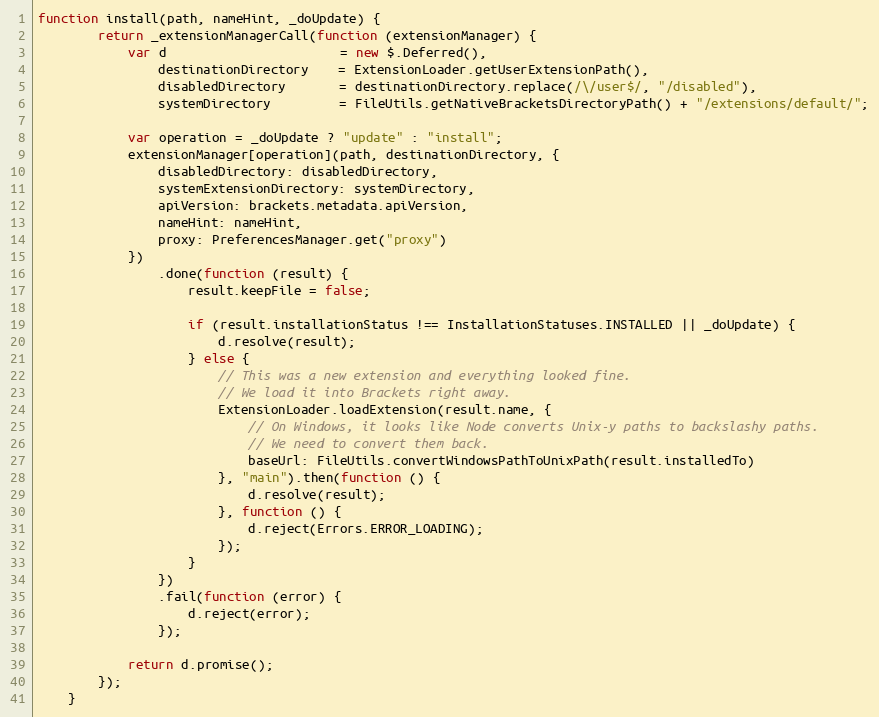
Language: JavaScript
function install(path, nameHint, _doUpdate) {
        return _extensionManagerCall(function (extensionManager) {
            var d                       = new $.Deferred(),
                destinationDirectory    = ExtensionLoader.getUserExtensionPath(),
                disabledDirectory       = destinationDirectory.replace(/\/user$/, "/disabled"),
                systemDirectory         = FileUtils.getNativeBracketsDirectoryPath() + "/extensions/default/";

            var operation = _doUpdate ? "update" : "install";
            extensionManager[operation](path, destinationDirectory, {
                disabledDirectory: disabledDirectory,
                systemExtensionDirectory: systemDirectory,
                apiVersion: brackets.metadata.apiVersion,
                nameHint: nameHint,
                proxy: PreferencesManager.get("proxy")
            })
                .done(function (result) {
                    result.keepFile = false;

                    if (result.installationStatus !== InstallationStatuses.INSTALLED || _doUpdate) {
                        d.resolve(result);
                    } else {
                        // This was a new extension and everything looked fine.
                        // We load it into Brackets right away.
                        ExtensionLoader.loadExtension(result.name, {
                            // On Windows, it looks like Node converts Unix-y paths to backslashy paths.
                            // We need to convert them back.
                            baseUrl: FileUtils.convertWindowsPathToUnixPath(result.installedTo)
                        }, "main").then(function () {
                            d.resolve(result);
                        }, function () {
                            d.reject(Errors.ERROR_LOADING);
                        });
                    }
                })
                .fail(function (error) {
                    d.reject(error);
                });

            return d.promise();
        });
    }